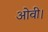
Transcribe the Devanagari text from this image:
ओवी।